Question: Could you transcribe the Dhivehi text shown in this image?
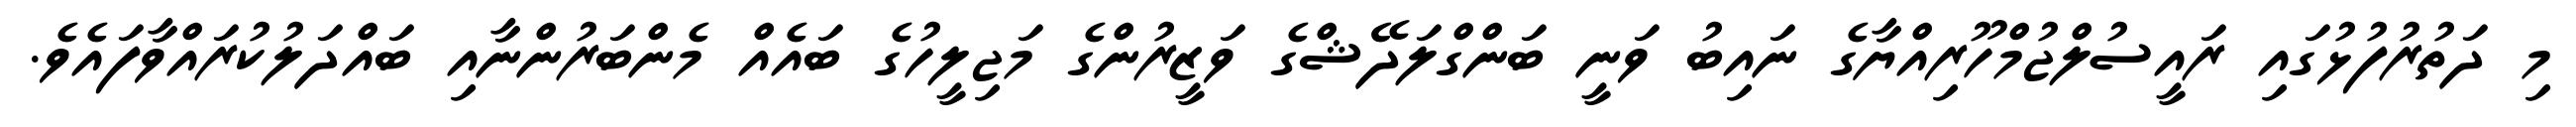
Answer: މި ދަތުރުފުޅުގައި ރައީސުލްޖުމްހޫރިއްޔާގެ ނައިބު ވަނީ ބަންގްލަދޭޝްގެ ވަޒީރުންގެ މަޖިލީހުގެ ބައެއް މެންބަރުންނާއި ބައްދަލުކުރައްވާފައެވެ.